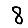
Digit: 8